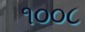
૧૦૦૮